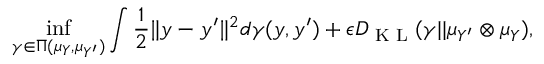
\operatorname* { i n f } _ { \gamma \in \Pi ( \mu _ { Y } , \mu _ { Y ^ { \prime } } ) } \int \frac { 1 } { 2 } \| y - y ^ { \prime } \| ^ { 2 } d \gamma ( y , y ^ { \prime } ) + \epsilon D _ { \textrm { K L } } ( \gamma | | \mu _ { Y ^ { \prime } } \otimes \mu _ { Y } ) ,